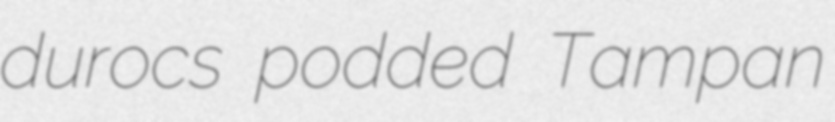
durocs podded Tampan